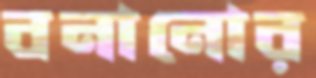
বনানোর